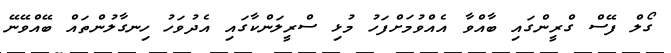
ގޯލް ފޭސް ގްރީންގައި ބާއްވާ އެއްވުމަށްފަހު މުޅި ސްރީލަންކާގައި އެދުވަހު ހިނގާލުންތައް ބޭއްވޭނޭ